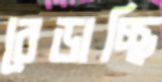
বেড়াচ্ছি